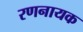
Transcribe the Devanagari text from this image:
रणनायक